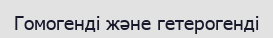
Гомогенді және гетерогенді